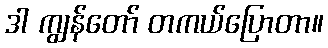
ဒါ ကျွန်တော် တကယ်ပြောတာ။